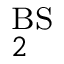
_ { 2 } ^ { \mathrm { B S } }